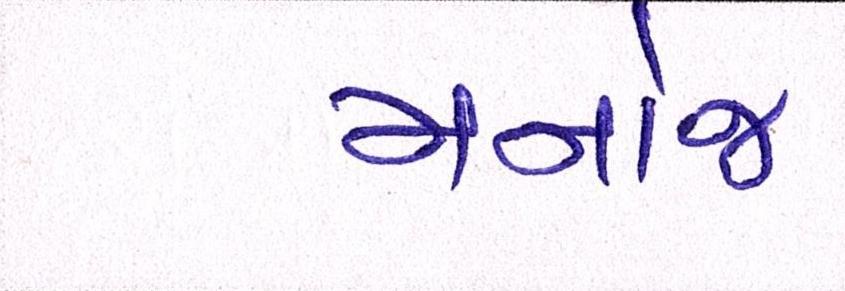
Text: મનોજ